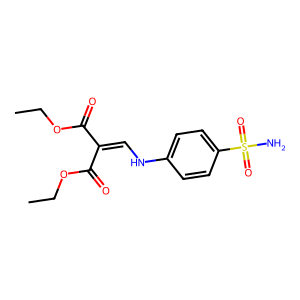
SMILES: CCOC(=O)C(=CNc1ccc(S(N)(=O)=O)cc1)C(=O)OCC
Inhibits HIV replication: No